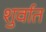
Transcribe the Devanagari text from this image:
शुर्वात